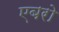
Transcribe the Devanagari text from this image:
एबरो